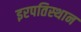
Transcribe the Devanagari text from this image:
इरपतिस्थान